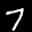
Label: 7